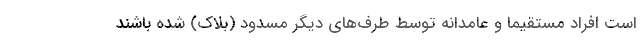
است افراد مستقیماً و عامدانه توسط طرف‌های دیگر مسدود (بلاک) شده باشند